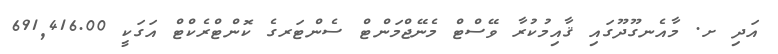
އަދި ށ. މާއެނގޫދޫގައި ޤާއިމުކުރާ ވޭސްޓް މެނޭޖްމަންޓް ސެންޓަރގެ ކޮންޓްރެކްޓް އަގަކީ 691